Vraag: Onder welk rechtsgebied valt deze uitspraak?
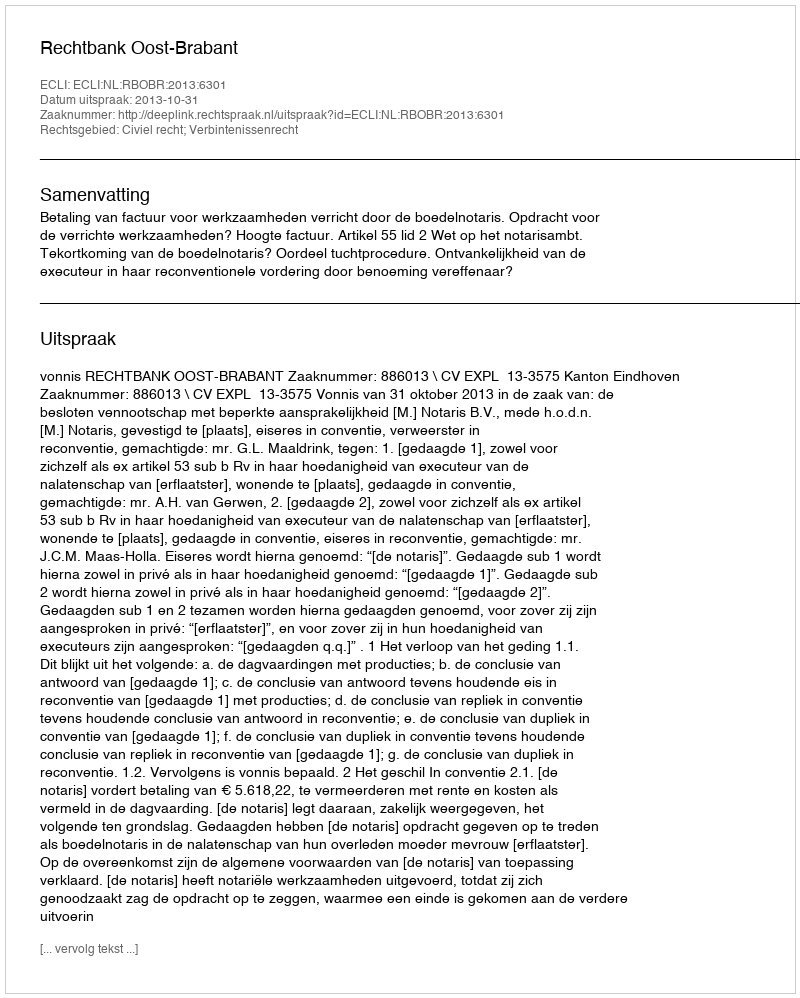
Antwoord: Civiel recht; Verbintenissenrecht